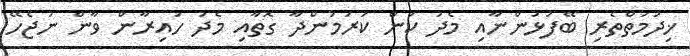
ޚިދުމަތްތެރި ބޭފުޅުންނާއި މެދު ކަން ކުރަމުންދާ ގޮތާއި މެދު ހައިރާން ވާން ނުޖެހޭ